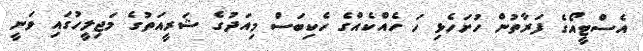
އެސްޓީއޯގެ ފަރާތުން ހުށަހެޅި ހަ ހެއްކެއްގެ ހެކިބަސް މިއަދުގެ ޝަރީއަތުގެ މަޖިލީހުގައި ވަނީ